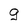
Character: g